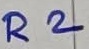
Text: R2